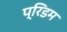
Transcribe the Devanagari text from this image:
प्रिडम